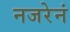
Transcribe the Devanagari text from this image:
नजरेनं